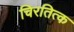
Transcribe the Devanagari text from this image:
चिरतित्क